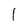
Character: 1